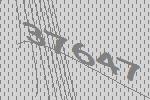
37647